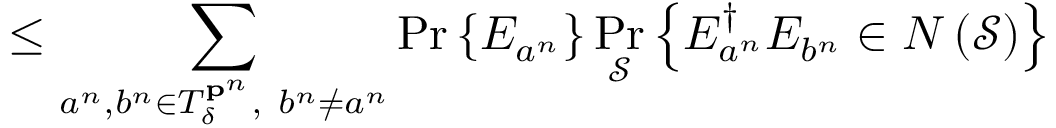
\leq \sum _ { a ^ { n } , b ^ { n } \in T _ { \delta } ^ { \mathbf { p } ^ { n } } , \ b ^ { n } \neq a ^ { n } } \operatorname* { P r } \left\{ E _ { a ^ { n } } \right\} \operatorname* { P r } _ { \mathcal { S } } \left\{ E _ { a ^ { n } } ^ { \dagger } E _ { b ^ { n } } \in N \left( { \mathcal { S } } \right) \right\}